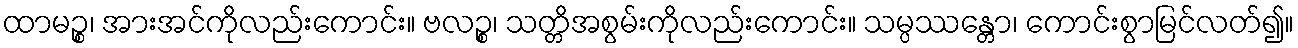
ထာမဉ္စ၊ အားအင်ကိုလည်းကောင်း။ ဗလဉ္စ၊ သတ္တိအစွမ်းကိုလည်းကောင်း။ သမ္ပဿန္တော၊ ကောင်းစွာမြင်လတ်၍။